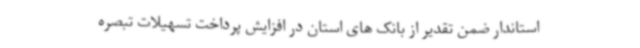
استاندار ضمن تقدیر از بانک های استان در افزایش پرداخت تسهیلات تبصره